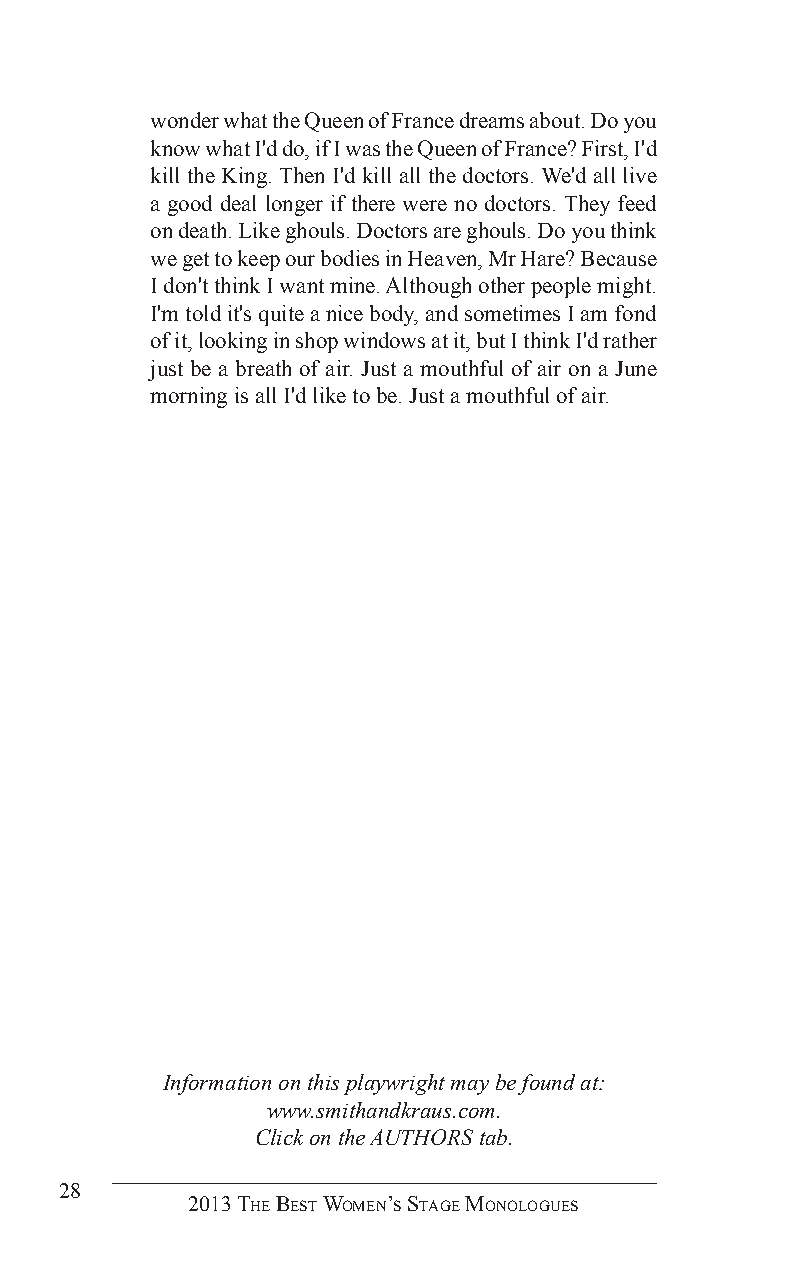
wonder what the Queen of France dreams about. Do you
 know what I'd do, if I was the Queen of France? First, I'd
 kill the King. Then I'd kill all the doctors. We'd all live
 a good deal longer if there were no doctors. They feed
 on death. Like ghouls. Doctors are ghouls. Do you think
 we get to keep our bodies in Heaven, Mr Hare? Because
 I don't think I want mine. Although other people might.
 I'm told it's quite a nice body, and sometimes I am fond
 of it, looking in shop windows at it, but I think I'd rather
 just be a breath of air. Just a mouthful of air on a June
 morning is all I'd like to be. Just a mouthful of air.
 Information on this playwright may be found at:
 www.smithandkraus.com.
 Click on the AUTHORS tab.
 28
 2013 The BesT Women’s sTage monologues